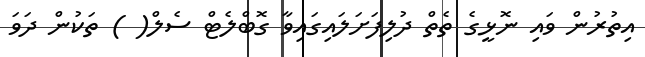
އިތުރުން ވައި ނޮޅީގެ ތެތް ދުލިފަށަލައިގައިވާ ގޮބްލެޓް ސެލް( ) ތަކުން ދަވަ